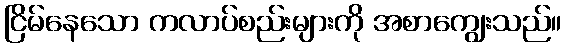
ငြိမ်နေသော ကလာပ်စည်းများကို အစာကျွေးသည်။